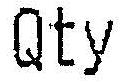
QTY